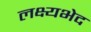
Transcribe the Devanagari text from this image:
लक्ष्यभेद